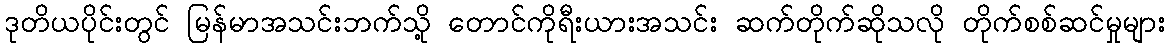
ဒုတိယပိုင်းတွင် မြန်မာအသင်းဘက်သို့ တောင်ကိုရီးယားအသင်း ဆက်တိုက်ဆိုသလို တိုက်စစ်ဆင်မှုများ